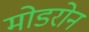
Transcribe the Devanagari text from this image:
मोडरोन